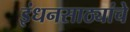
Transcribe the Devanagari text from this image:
इंधनसाठ्यांचे